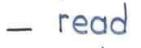
- read